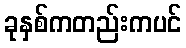
ခုနှစ်ကတည်းကပင်